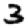
Digit: 3